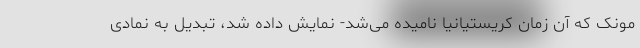
مونک که آن زمان کریستیانیا نامیده می‌شد- نمایش داده شد، تبدیل به نمادی